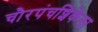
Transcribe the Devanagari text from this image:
चौरपंचशिकेला